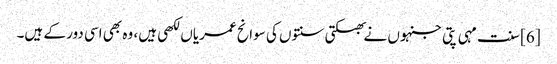
[6] سنت مہی پتی جنہوں نے بھکتی سنتوں کی سوانح عمریاں لکھی ہیں، وہ بھی اسی دور کے ہیں۔